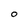
Character: O